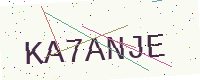
Text: KA7ANJE